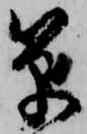
筆